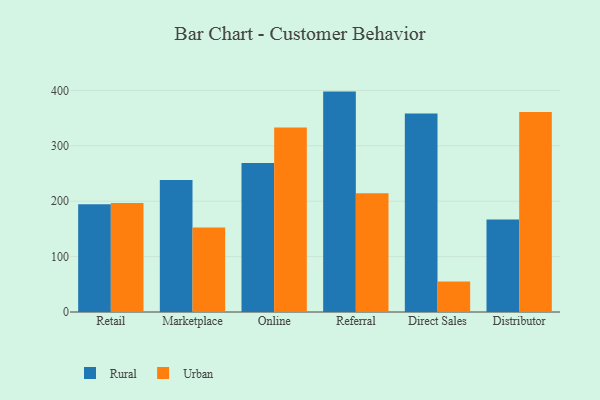
{"axis": {"x": "Channel", "y": "Satisfaction Score"}, "legend": ["Rural", "Urban"], "data": [{"x": "Retail", "y": 194.7, "type": "Rural"}, {"x": "Retail", "y": 196.8, "type": "Urban"}, {"x": "Marketplace", "y": 238.2, "type": "Rural"}, {"x": "Marketplace", "y": 152.4, "type": "Urban"}, {"x": "Online", "y": 268.8, "type": "Rural"}, {"x": "Online", "y": 332.8, "type": "Urban"}, {"x": "Referral", "y": 397.8, "type": "Rural"}, {"x": "Referral", "y": 214.2, "type": "Urban"}, {"x": "Direct Sales", "y": 358.3, "type": "Rural"}, {"x": "Direct Sales", "y": 54.9, "type": "Urban"}, {"x": "Distributor", "y": 166.9, "type": "Rural"}, {"x": "Distributor", "y": 360.8, "type": "Urban"}]}